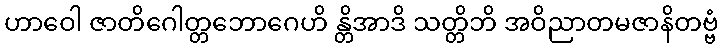
ဟာဝေါ ဇာတိဂေါတ္တဘောဂေဟိ န္တိအာဒိ သတ္တိဘိ အဝိညာတမဇာနိတဗ္ဗံ